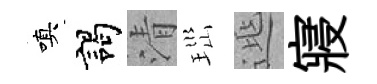
嗔謁清𤤼𨓱寢